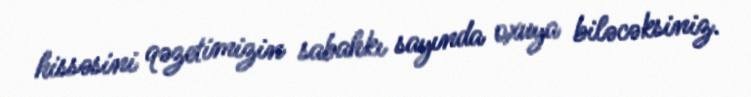
hissəsini qəzetimizin sabahkı sayında oxuya biləcəksiniz.